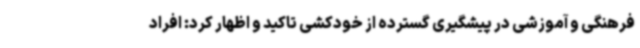
فرهنگی و آموزشی در پیشگیری گسترده از خودکشی تاکید و اظهار کرد: افراد